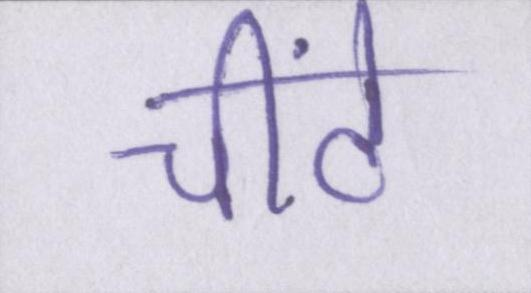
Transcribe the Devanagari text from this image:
चींटे